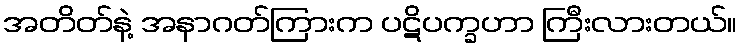
အတိတ်နဲ့ အနာဂတ်ကြားက ပဋိပက္ခဟာ ကြီးလားတယ်။